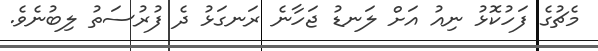
މެޗުގެ ފަހުކޮޅު ނިއު އަށް ލަނޑު ޖަހާނެ ރަނގަޅު ދެ ފުރުސަތު ލިބުނެވެ.